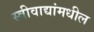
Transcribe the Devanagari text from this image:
स्त्रीवाद्यांमधील